Malaria in the Andamans - Number 56
Disease focus: Malaria
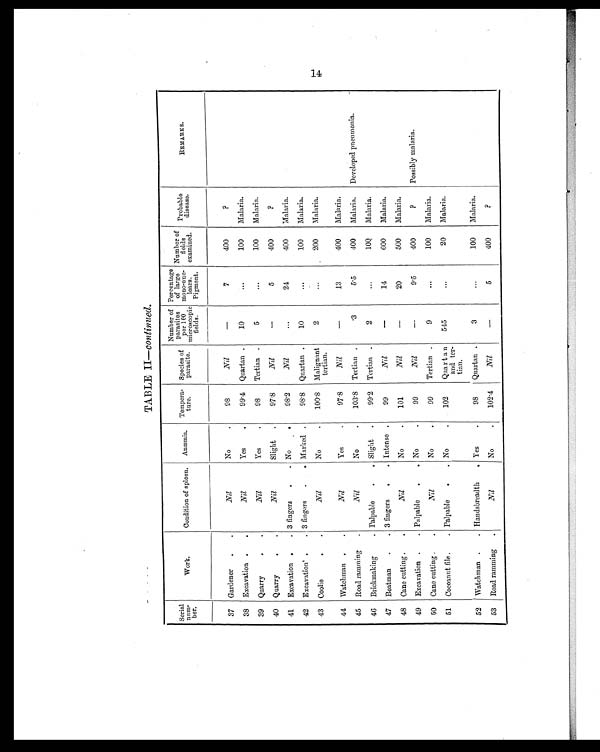
TABLE II—continued.
Serial
num-
ber.
Work.
Condition of spleen. Anæmia. Tempera-
ture.
Species of
parasite.
Number of
parasites per 100
microscopic
fields.
Percentage
of large
mono-nuc-
lears.
Pigment.
Number of
fields
examined.
Probable
disease.
REMARKS.
37 Gardener .
.
Nil
No
.
9 8
Nil
—
7
400
?
38 Excavation . .
Nil
Yes
.
99.4 Quartan .
10
...
100
Malaria.
39 Quarry
. .
Nil
Yes
.
98
Tertian .
5
...
100
Malaria.
40 Quarry
.
.
Nil
Slight .
97.8
Nil
—
5
400
?
41 Excavation .
. 3 fingers .
. No
.
98.2
Nil
...
24
400 Malaria.
42 Excavation .
. 3 fingers .
. Marked .
98.8 Quartan .
1 0
. . . 100
Malaria.
43 Coolie
. .
Nil
No
.
100.8 Malignant
tertian.
2
.. .
200
Malaria.
44 Watchman
. .
Nil
Yes
.
97.8
Nil
—
13
400
Malaria.
45 Road ramming .
Nil
No
.
103.8 Tertian .
.3
5.5
400
Malaria. Developed pneumonia.
46 Brickmaking
. Palpable
.
. Slight .
99.2 Tertian .
2
...
100
Malaria.
47 Boatman .
. 3 fingers .
. Intense .
99
Nil
—
14
600
Malaria.
48 Cane cutting .
.
Nil
No
.
101
Nil
—
20
500
Malaria.
49 Excavation .
. Palpable .
. No
.
99
Nil
—
9.5
400
? Possibly malaria.
50 Cane cutting .
.
Nil
No
.
99
Tertian .
9
...
100 Malaria.
51 Cocoanut file .
. Palpable .
. No
.
102
Quartan
and ter-
tian.
5 4 5
...
20 Malaria.
52 Watchman .
. Handsbreadth
. Yes
.
98
Quartan .
3
...
100 Malaria.
53 Road ramming .
Nil
No
.
102.4
Nil
—
5
400
?
14